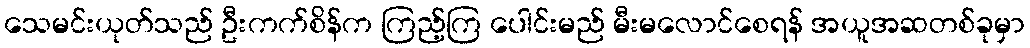
သေမင်းယုတ်သည် ဦးကက်စိန်က ကြည့်ကြ ပေါင်းမည် မီးမလောင်စေရန် အယူအဆတစ်ခုမှာ